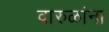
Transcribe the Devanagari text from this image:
वारुळांना